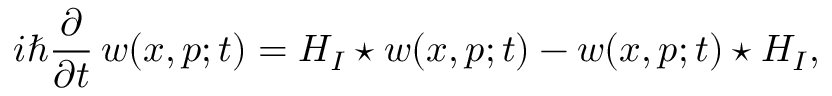
i \hbar \frac { \partial } { \partial t } \, w ( x , p ; t ) = { \cal H } _ { I } \star w ( x , p ; t ) - w ( x , p ; t ) \star { \cal H } _ { I } ,